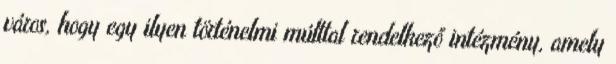
város, hogy egy ilyen történelmi múlttal rendelkező intézmény, amely